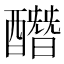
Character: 䤐